Elephants and their diseases
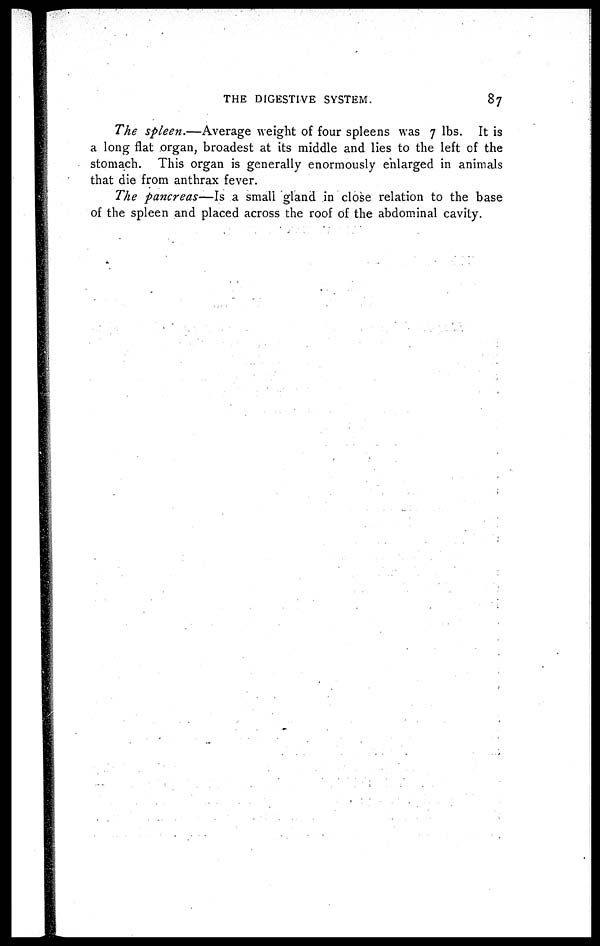
THE DIGESTIVE SYSTEM.
87
The spleen.—Average weight of four spleens was 7 lbs. It is
a long flat organ, broadest at its middle and lies to the left of the
stomach. This organ is generally enormously enlarged in animals
that die from anthrax fever.
The pancreas—Is a small gland in close relation to the base
of the spleen and placed across the roof of the abdominal cavity.